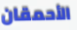
الأحمقان